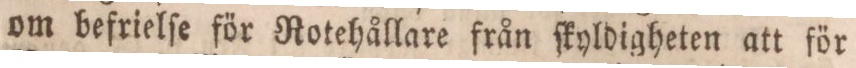
om befrielſe för Rotehållare från ſkyldigheten att för